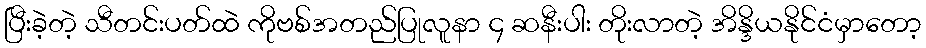
ပြီးခဲ့တဲ့ သီတင်းပတ်ထဲ ကိုဗစ်အတည်ပြုလူနာ ၄ ဆနီးပါး တိုးလာတဲ့ အိန္ဒိယနိုင်ငံမှာတော့